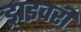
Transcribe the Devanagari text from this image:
ड्राइवरी